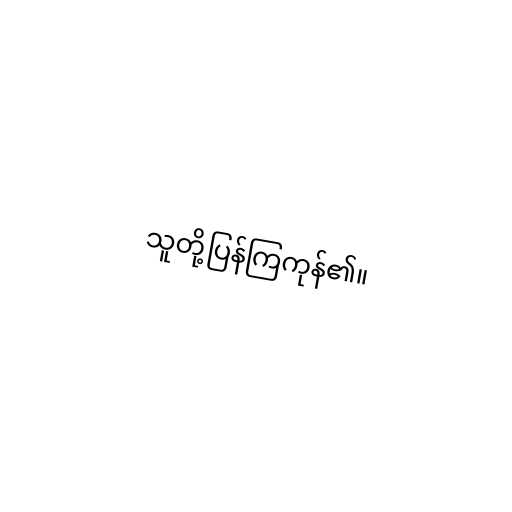
သူတို့ပြန်ကြကုန်၏။